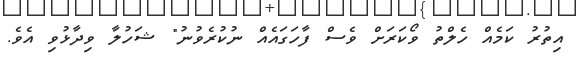
އިތުރު ކަމެއް ހެލްތު ވޯކަރަށް ވެސް ފާހަގައެއް ނުކުރެވުނު" ޝަހުލާ ވިދާޅުވި އެވެ.